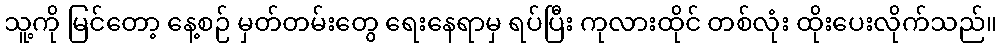
သူ့ကို မြင်တော့ နေ့စဉ် မှတ်တမ်းတွေ ရေးနေရာမှ ရပ်ပြီး ကုလားထိုင် တစ်လုံး ထိုးပေးလိုက်သည်။